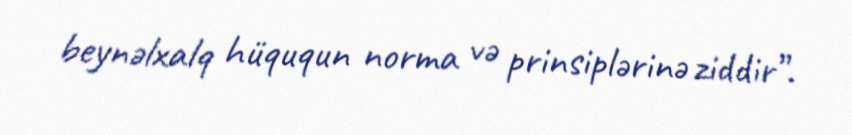
beynəlxalq hüququn norma və prinsiplərinə ziddir”.